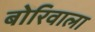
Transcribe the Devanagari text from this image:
बोरिवाला